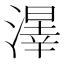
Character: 𱨲